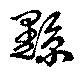
黥